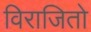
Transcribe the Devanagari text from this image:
विराजितो